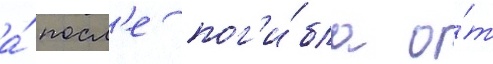
а́ посл'е пог'и́бла о́т